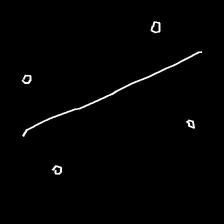
Glyph: cool